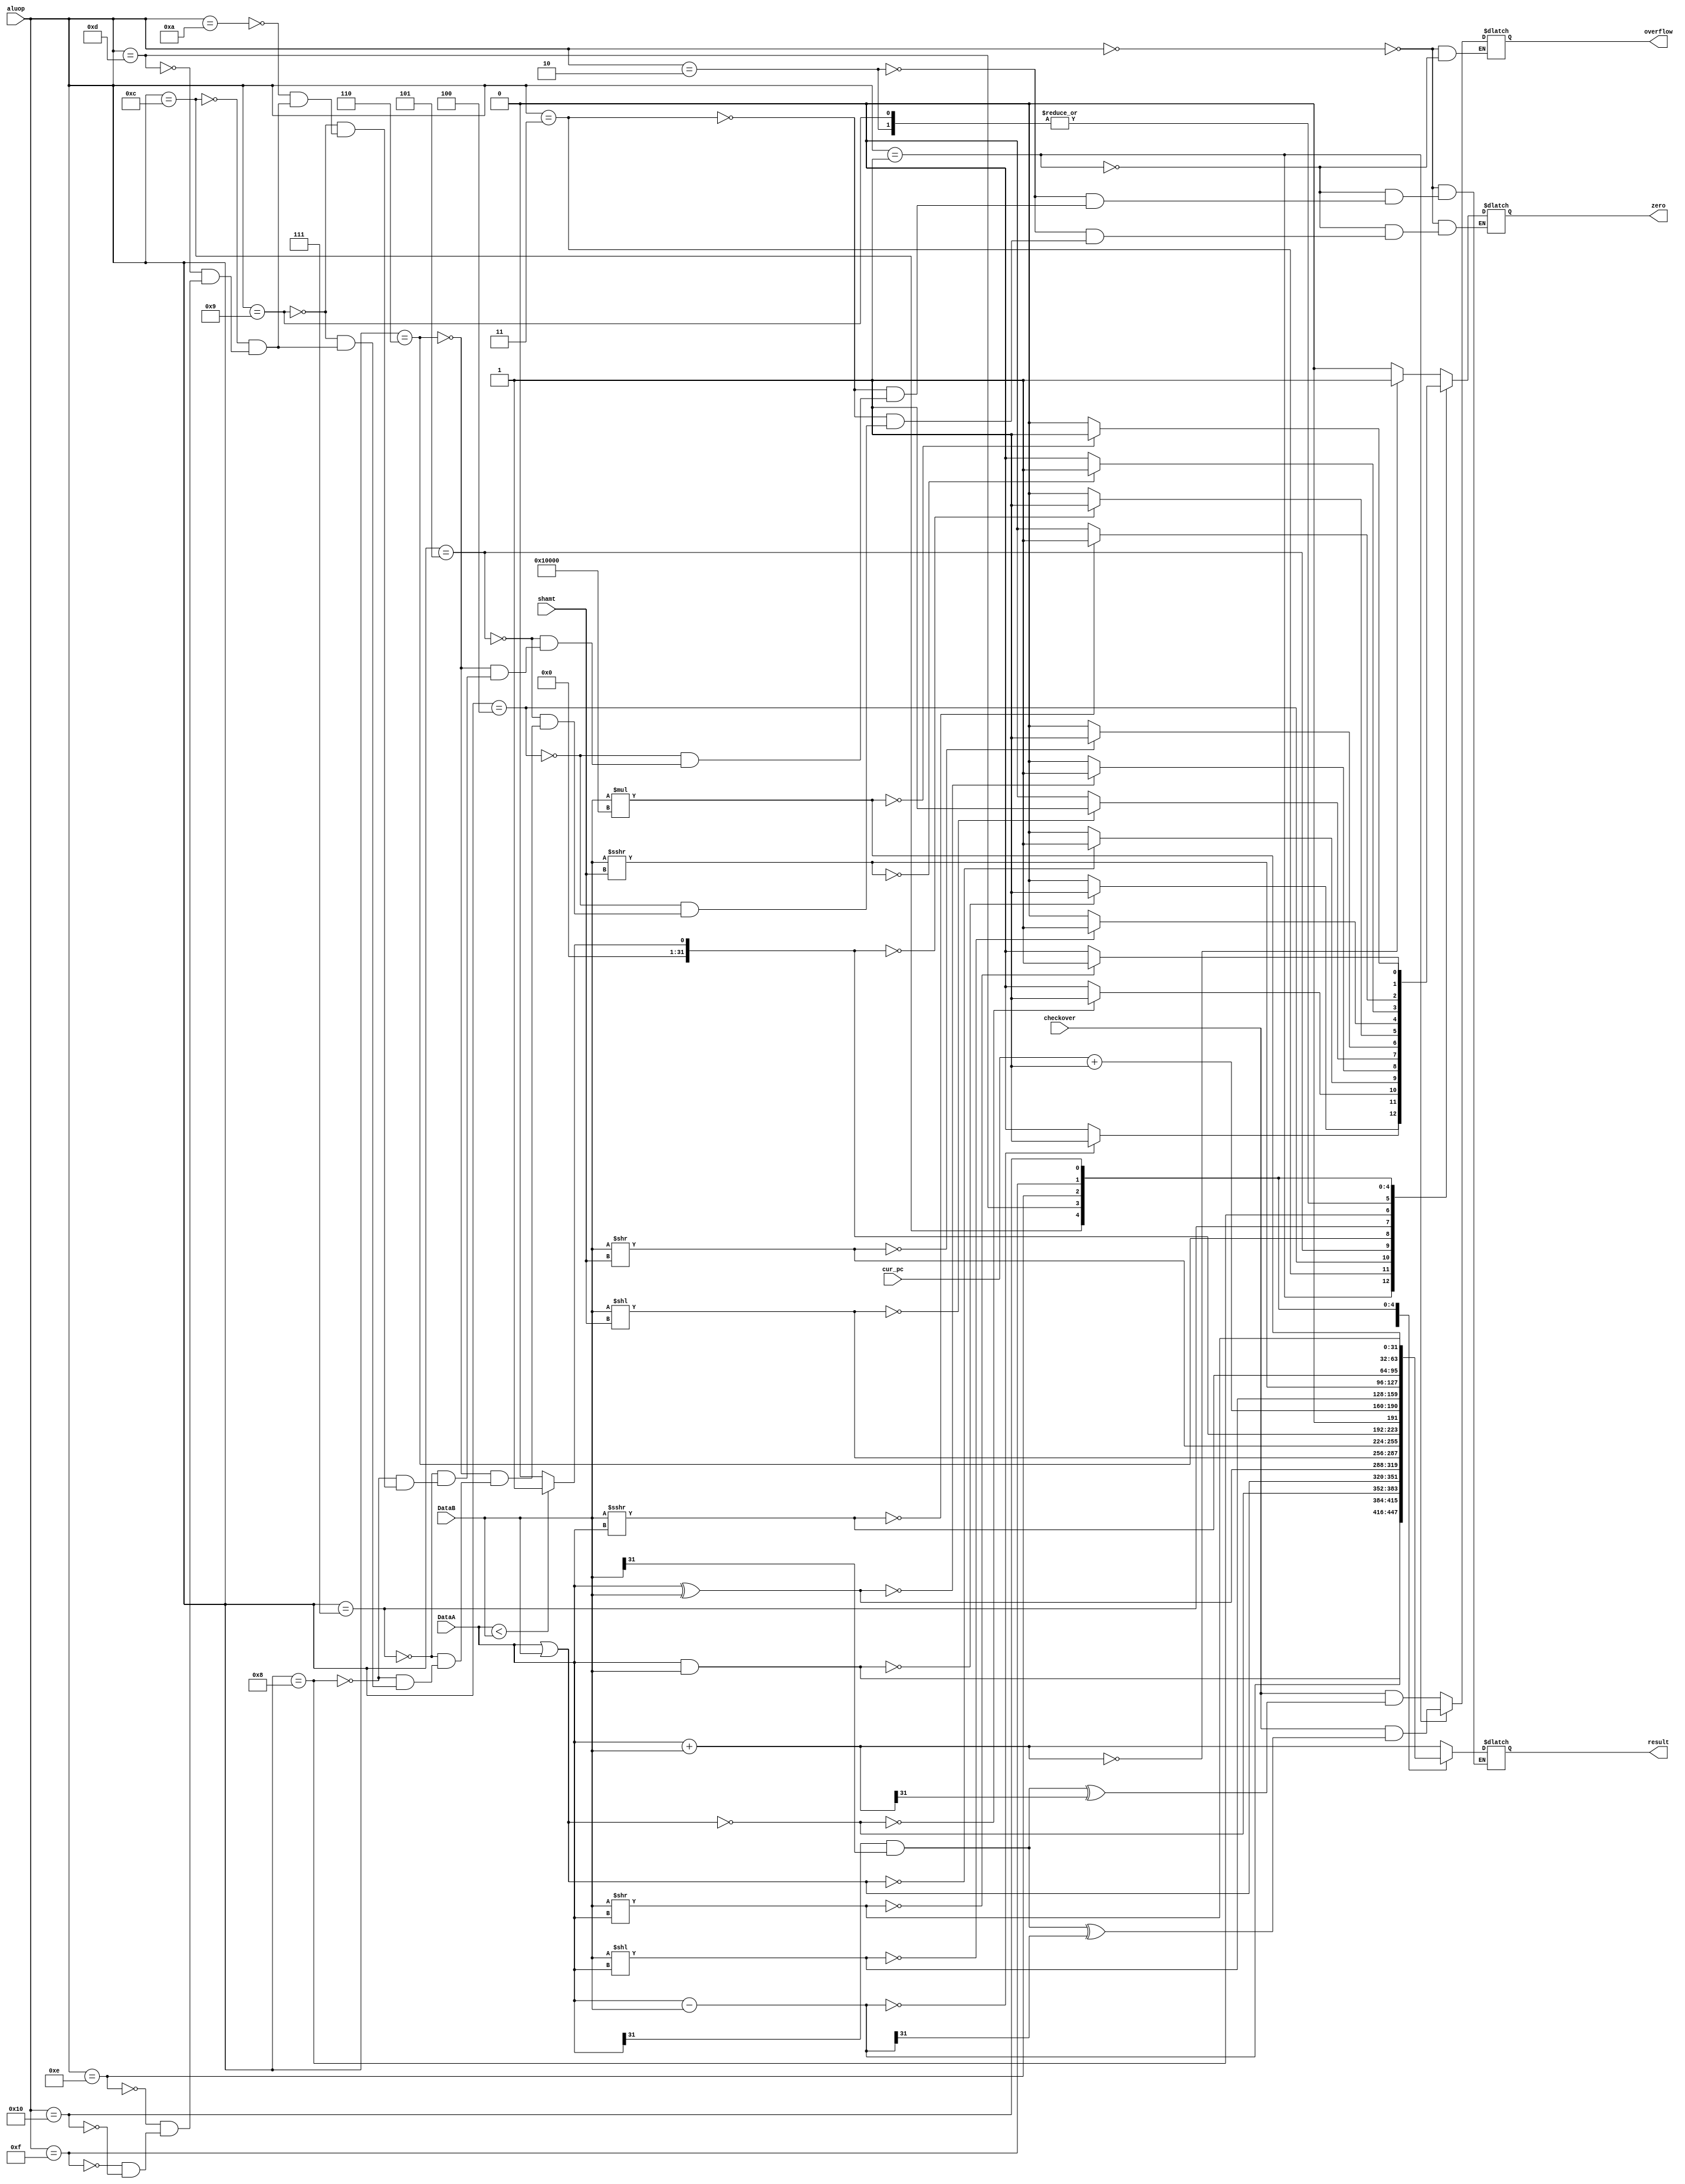
module alu(
	cur_pc,
	checkover,
	aluop,
	shamt,
	DataA,
	DataB,
	zero,
	overflow,
	result
);

input wire[29:0] cur_pc;
input wire[4:0] aluop;
input wire[4:0] shamt;
input wire[31:0] DataA;
input wire[31:0] DataB;
input wire checkover;
output reg zero,overflow;
output reg[31:0] result;
reg Cout;

always@(aluop or DataA or DataB) begin
	case(aluop)
		5'b00000: begin  //add
		result = DataA + DataB;
		Cout = DataA[31]&DataB[31];
		zero = (result == 0)?1:0;
		overflow = checkover&(Cout^result[31]);
		end
		5'b00001: begin  //sub
		result = DataA - DataB;
		Cout = DataA[31]&DataB[31];
		zero = (result == 0)?1:0;
		overflow = checkover&(Cout^result[31]);
		end
		5'b00010: begin  //slt
		result = (DataA < DataB)?1:0;
		zero = (result == 0)?1:0;
		end
		5'b00011: begin  //and
		result = DataA & DataB;
		zero = (result == 0)?1:0;
		end
		5'b00100: begin  //nor
		result = ~(DataA | DataB);
		zero = (result == 0)?1:0;
		end
		5'b00101: begin  //or
		result = DataA | DataB;
		zero = (result == 0)?1:0;
		end
		5'b00110: begin  //xor
		result = DataA ^ DataB;
		zero = (result == 0)?1:0;
		end
		5'b00111: begin  //sll
		result = DataB << shamt;
		zero = (result == 0)?1:0;
		end
		5'b01000: begin  //srl
		result = DataB >> shamt;
		zero = (result == 0)?1:0;
		end
		5'b01001: begin  //sltu
		result = (DataA < DataB)?1:0;
		zero = (result == 0)?1:0;
		end
		5'b01010: begin  //jalr
		result = cur_pc + 1;
		end
		5'b01011: begin  //jr
		end
		5'b01100: begin  //sllv
		result = DataB << DataA;
		zero = (result == 0)?1:0;		
		end
		5'b01101: begin  //sra
		result = ($signed(DataB)) >>> shamt;
		zero = (result == 0)?1:0;		
		end
		5'b01110: begin  //srav
		result = ($signed(DataB)) >>> DataA;
		zero = (result == 0)?1:0;		
		end
		5'b01111: begin  //srlv
		result = DataB >> DataA;
		zero = (result == 0)?1:0;		
		end
		5'b10000: begin  //lui
		result = DataB * 65536;
		zero = (result == 0)?1:0;
		end
	endcase
end
endmodule